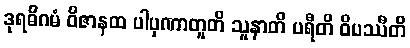
ဒုရဓိဂမံ ဝိဇာနထ ပါပုဏာတူတိ သူနာတိ ပရီတိ ဝိပဿီတိ